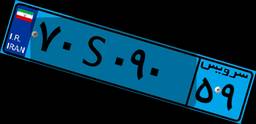
۷۰S۰۹۰۵۹